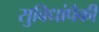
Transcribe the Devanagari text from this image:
सुविधांपैकी